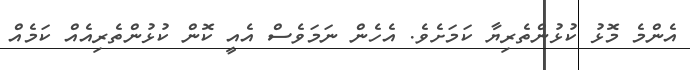
އެންމެ މޮޅު ކުޅުންތެރިޔާ ކަމަށެވެ. އެހެން ނަމަވެސް އެއީ ކޮން ކުޅުންތެރިއެއް ކަމެއް